system: You are a helpful assistant.
user:
Analyze the provided spectrum to determine if it is a **M-type Giant (gM)**.

A M-type Giant spectrum is defined by its **strong molecular absorption** features, particularly from **Titanium Oxide (TiO)**. You must check for one of the following mutually exclusive signatures:

- **Key Visual Indicators (Absorption-Dominated Spectrum):**

    - **(Primary):** The spectrum is dominated by strong molecular absorption from **Titanium Oxide (TiO)**. This is the **defining feature** of its M-type temperature class.
        - **(Key Bandheads):** Look for sharp, "saw-tooth" absorption valleys. The strongest are located near **~7050 Å**, **~6160 Å**, and **~5170 Å**.
        - **(Line Profile):** The "saw-tooth" morphology is critical: a **sharp, steep drop on the BLUE (short-wavelength) side** of the bandhead, followed by a gradual recovery (rising flux) towards the RED (long-wavelength) side.

    - **(Key Confirmation - Giant vs. Dwarf):** **ABSENCE** of strong **Calcium Hydride (CaH)** molecular bands. This is the primary diagnostic for *excluding* M-dwarfs.
        - **(Key Region):** The spectrum should lack the strong, broad absorption band seen in dwarfs between **~6800 Å and ~7000 Å**.

    - **(Secondary Confirmation - Giant):** A very strong and broad **Neutral Calcium (Ca I)** atomic absorption line.
        - **(Key Line):** Located at **~4226 Å**. In a giant (gM), this line is significantly deeper and broader than the same line in an M-dwarf (dM) due to low surface gravity.

    - **(Overall Spectrum):**
        - The continuum is **extremely red-sloping** (i.e., flux is very low in the blue and rises dramatically towards the red).
        - The entire spectrum appears "chopped up" by the deep TiO bands.

Think first, call **spectral_visualization_tool** if needed to examine features in detail, then provide your final answer. Your response must adhere to the following strict rules:
1.  **Overall Structure:** Your response must follow the format `<think>...</think> <tool_call>...</tool_call> (if a tool is used) <answer>...</answer>`.
2.  **Tool Usage Constraint:** You may only make **one** tool call per turn.
3.  **Final Answer Format:** In the `<answer>` tag, your conclusion must be inside a `\boxed{}` command (e.g., `\boxed{YES}` or `\boxed{NO}`), followed by your justification.

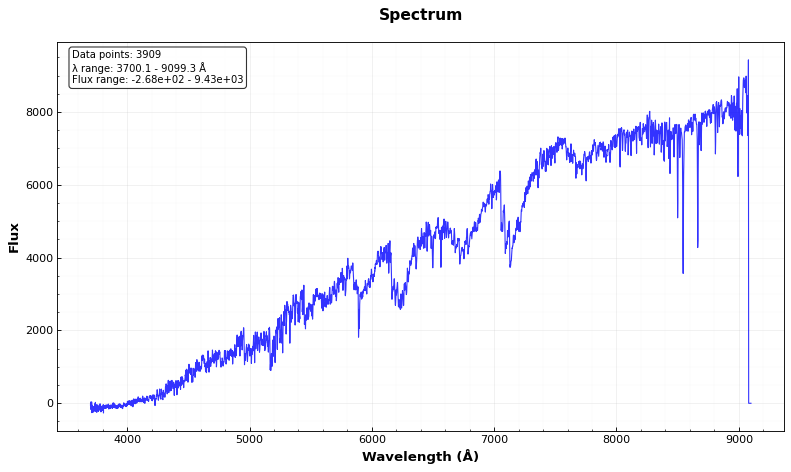
Answer: YES